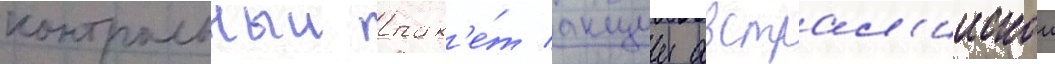
контрольныи пак'е́т акции австрал'иискои